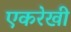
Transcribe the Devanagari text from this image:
एकरेखी